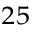
^ { 2 5 }